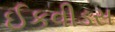
ઈકવીડસ